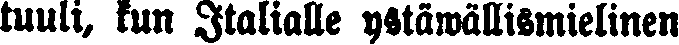
tuuli, kun Italialle ystawällismielinen